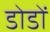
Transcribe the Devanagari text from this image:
डोडों